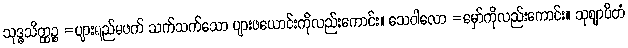
သုဒ္ဓသိတ္ထဉ္စ =ပျားရည်မဖက် သက်သက်သော ပျားဖယောင်းကိုလည်းကောင်း။ သေဝါလော =မှော်ကိုလည်းကောင်း။ သုဈာပိတံ